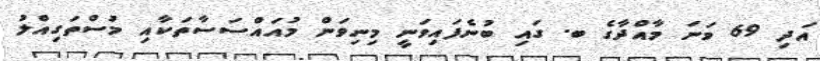
އަދި 69 ވަނަ މާއްދާގެ ބ. ގައި ބުނެފައިވަނީ މިނިވަން މުއައްސަސާތަކާއި މުސްތަގިއްލު